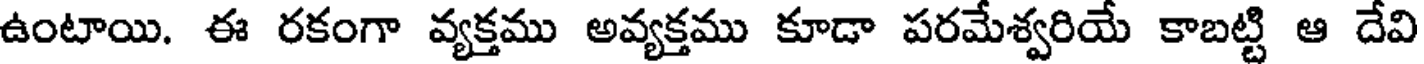
ఉంటాయి. ఈ రకంగా వ్యక్తము అవ్యక్తము కూడా పరమేశ్వరియే కాబట్టి ఆ దేవి